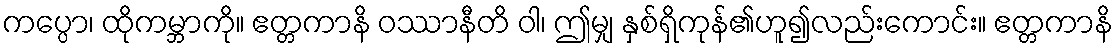
ကပ္ပော၊ ထိုကမ္ဘာကို။ ဧတ္တကာနိ ဝဿာနီတိ ဝါ၊ ဤမျှ နှစ်ရှိကုန်၏ဟူ၍လည်းကောင်း။ ဧတ္တကာနိ